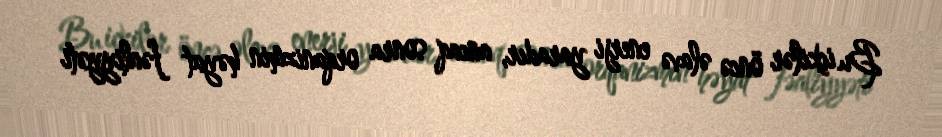
Bu içkilər öncə əlavə enerji yaradır, ancaq sonra orqanizmin həyat fəaliyyəti